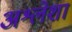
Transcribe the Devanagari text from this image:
अश्लेशा